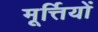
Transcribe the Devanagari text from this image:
मूर्त्तियों